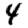
Digit: 4